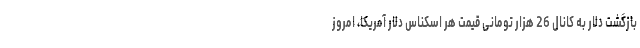
بازگشت دلار به کانال 26 هزار تومانی قیمت هر اسکناس دلار آمریکا، امروز